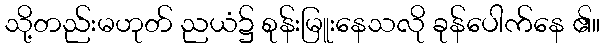
သို့တည်းမဟုတ် ညယံ၌ စုန်းမြူးနေသလို ခုန်ပေါက်နေ ၏။